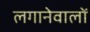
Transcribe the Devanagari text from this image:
लगानेवालों